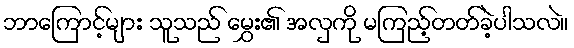
ဘာကြောင့်များ သူသည် မွှေး၏ အလှကို မကြည့်တတ်ခဲ့ပါသလဲ။